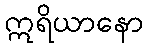
ဣရိယာနော